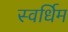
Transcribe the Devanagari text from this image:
स्वर्धिम